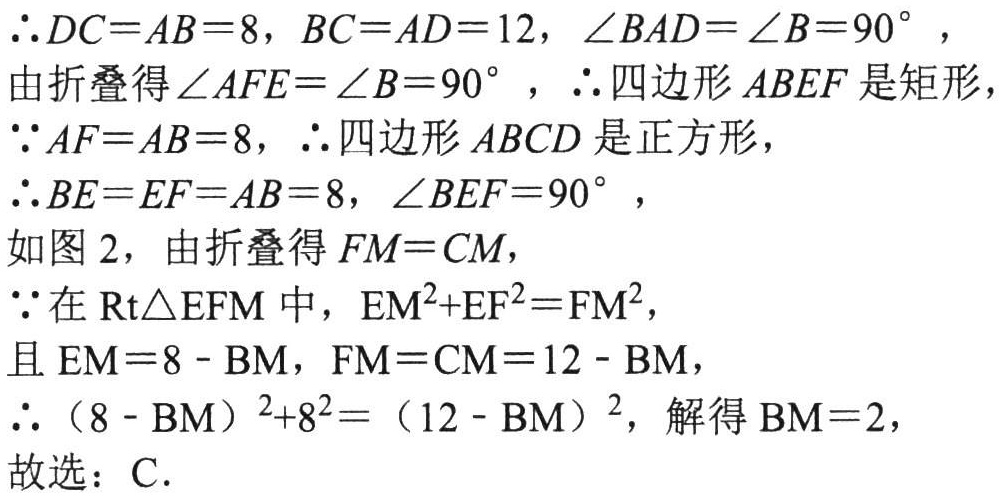
\(\therefore DC = AB = 8\), \(BC = AD = 12\), \(\angle BAD=\angle B = 90^{\circ}\),
由折叠得\(\angle AFE=\angle B = 90^{\circ}\), \(\therefore\)四边形\(ABEF\)是矩形,
\(\because AF = AB = 8\), \(\therefore\)四边形\(ABCD\)是正方形,
\(\therefore BE = EF = AB = 8\), \(\angle BEF = 90^{\circ}\),
如图 2，由折叠得\(FM = CM\),
\(\because\)在\(\text{Rt}\triangle EFM\)中，\(EM^{2}+EF^{2}=FM^{2}\),
且\(EM = 8 - BM\), \(FM = CM = 12 - BM\),
\(\therefore(8 - BM)^{2}+8^{2}=(12 - BM)^{2}\), 解得\(BM = 2\),
故选：C.